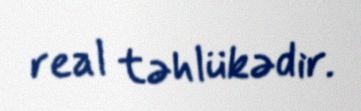
real təhlükədir.